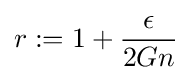
r:=1+{\frac {\epsilon }{2Gn}}